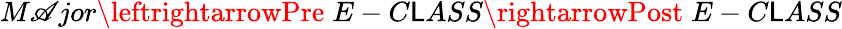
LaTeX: M\mathscr{A}jor\leftrightarrowPre\; E-C\mathsf{L}ASS\rightarrowPost\; E-C\mathsf{L}ASS